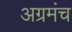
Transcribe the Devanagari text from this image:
अग्रमंच